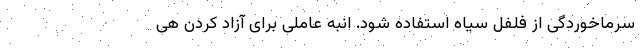
سرماخوردگی از فلفل سیاه استفاده شود. انبه عاملی برای آزاد کردن هی